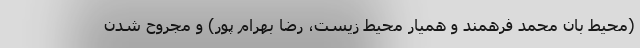
(محیط بان محمد فرهمند و همیار محیط زیست، رضا بهرام پور) و مجروح شدن